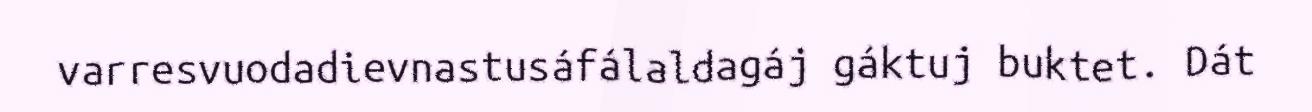
varresvuodadievnastusáfálaldagáj gáktuj buktet. Dát